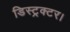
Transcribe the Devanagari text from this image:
डिस्ट्रक्टर।